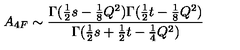
A _ { 4 F } \sim \frac { \Gamma ( \frac { 1 } { 2 } s - \frac { 1 } { 8 } Q ^ { 2 } ) \Gamma ( \frac { 1 } { 2 } t - \frac { 1 } { 8 } Q ^ { 2 } ) } { \Gamma ( \frac { 1 } { 2 } s + \frac { 1 } { 2 } t - \frac { 1 } { 4 } Q ^ { 2 } ) }